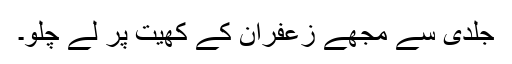
جلدی سے مجھے زعفران کے کھیت پر لے چلو۔